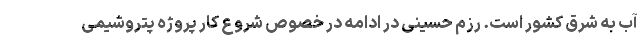
آب به شرق کشور است. رزم حسینی در ادامه در خصوص شروع کار پروژه پتروشیمی